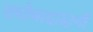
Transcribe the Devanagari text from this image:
राघोबादादानी